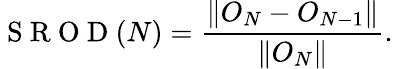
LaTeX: \mathrm{~S~R~O~D~}(N)=\frac{\| O_{N}-O_{N-1}\| }{\| O_{N}\| }.